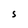
Character: S